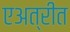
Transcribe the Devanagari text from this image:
एअत्रीत